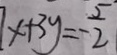
x + 3 y = - \frac { 5 } { 2 }